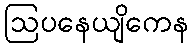
ဩပနေယျိကေန